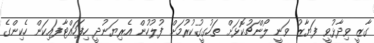
ގާޒީ ވިދާޅުވީ ފަޔާޒު ވަނީ ލޯންޗުކޮޅަށް ތަހުގީގުކުރުމަށް ފުލުހުން އެރިޔަނުދީ ހިފަހައްޓާފައިކަން ހެކިންގެ